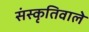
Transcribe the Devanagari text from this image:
संस्कृतिवाले